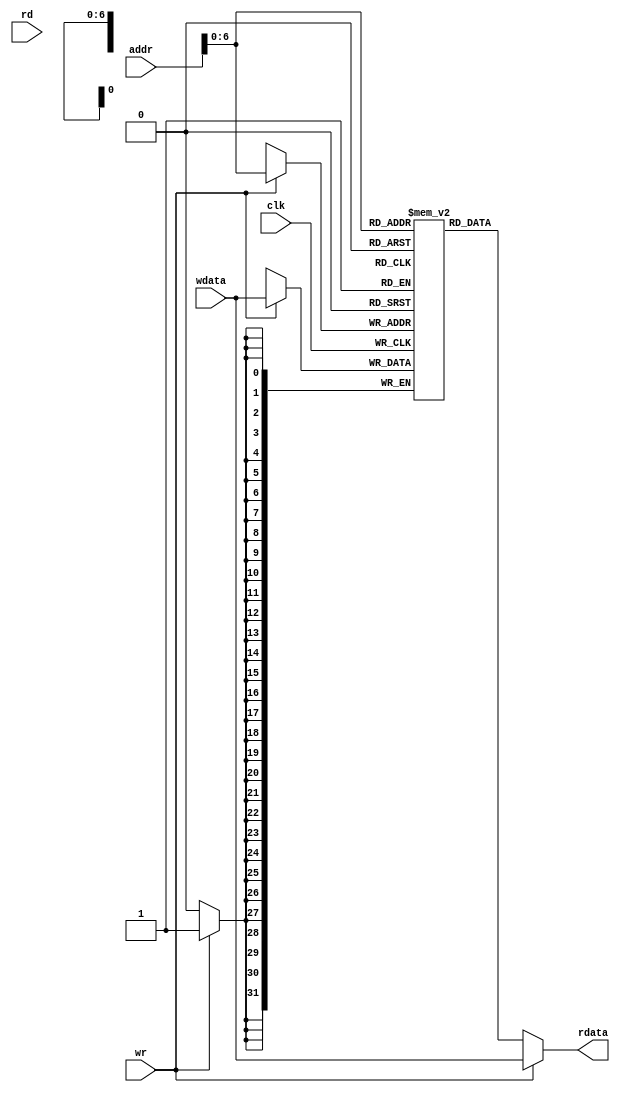
`timescale 1ns / 1ps
//////////////////////////////////////////////////////////////////////////////////
// Company: 
// Engineer: 
// 
// Design Name: 
// Module Name:    DataMemory 
// Project Name: 
// Target Devices: 
// Tool versions: 
// Description: 
//
// Dependencies: 
//
// Revision: 
// Revision 0.01 - File Created
// Additional Comments: 
//
//////////////////////////////////////////////////////////////////////////////////
module DataMemory(
		input wire			clk,
		input wire	[15:0]	addr,
		input wire			rd, wr,
		input wire 	[31:0]	wdata,
		output wire	[31:0]	rdata);

	reg [31:0] mem [0:127];  // 32-bit memory with 128 entries

   initial begin
	    /*integer i;
	    for(i=0;i<128;i=1+1)begin
	        mem[i] = 32'b0;
	    end
		 */
		 
		 mem[17]=32'b00000000000000000000000000001111; //Inicia esse endereo com um dado qualquer
	end

	always @(posedge clk) begin
		if (wr) begin
			mem[addr] <= wdata;
		end
	end

	assign rdata = wr ? wdata : mem[addr][31:0];
	// During a write, avoid the one cycle delay by reading from 'wdata'

endmodule